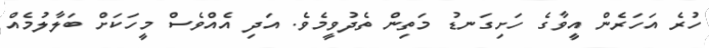
ހުރެ އަހަރެން އީވާގެ ހަށިގަނޑު މަތިން ތެދުވީމެވެ. އަދި އެއްވެސް މީހަކަށް ބަލާލުމެއް